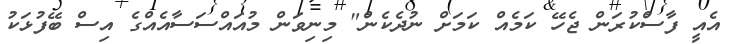
އެއީ ފާސްކުރަން ޖެހޭ ކަމެއް ކަމަށް ނުދެކެން" މިނިވަން މުއައްސަސާއެއްގެ އިސް ބޭފުޅަކު